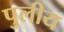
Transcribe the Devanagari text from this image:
पुलीय